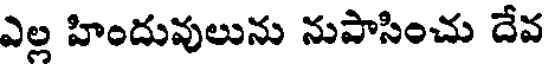
ఎల్ల హిందువులును నుపాసించు దేవ